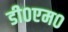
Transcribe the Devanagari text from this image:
डी०एम०